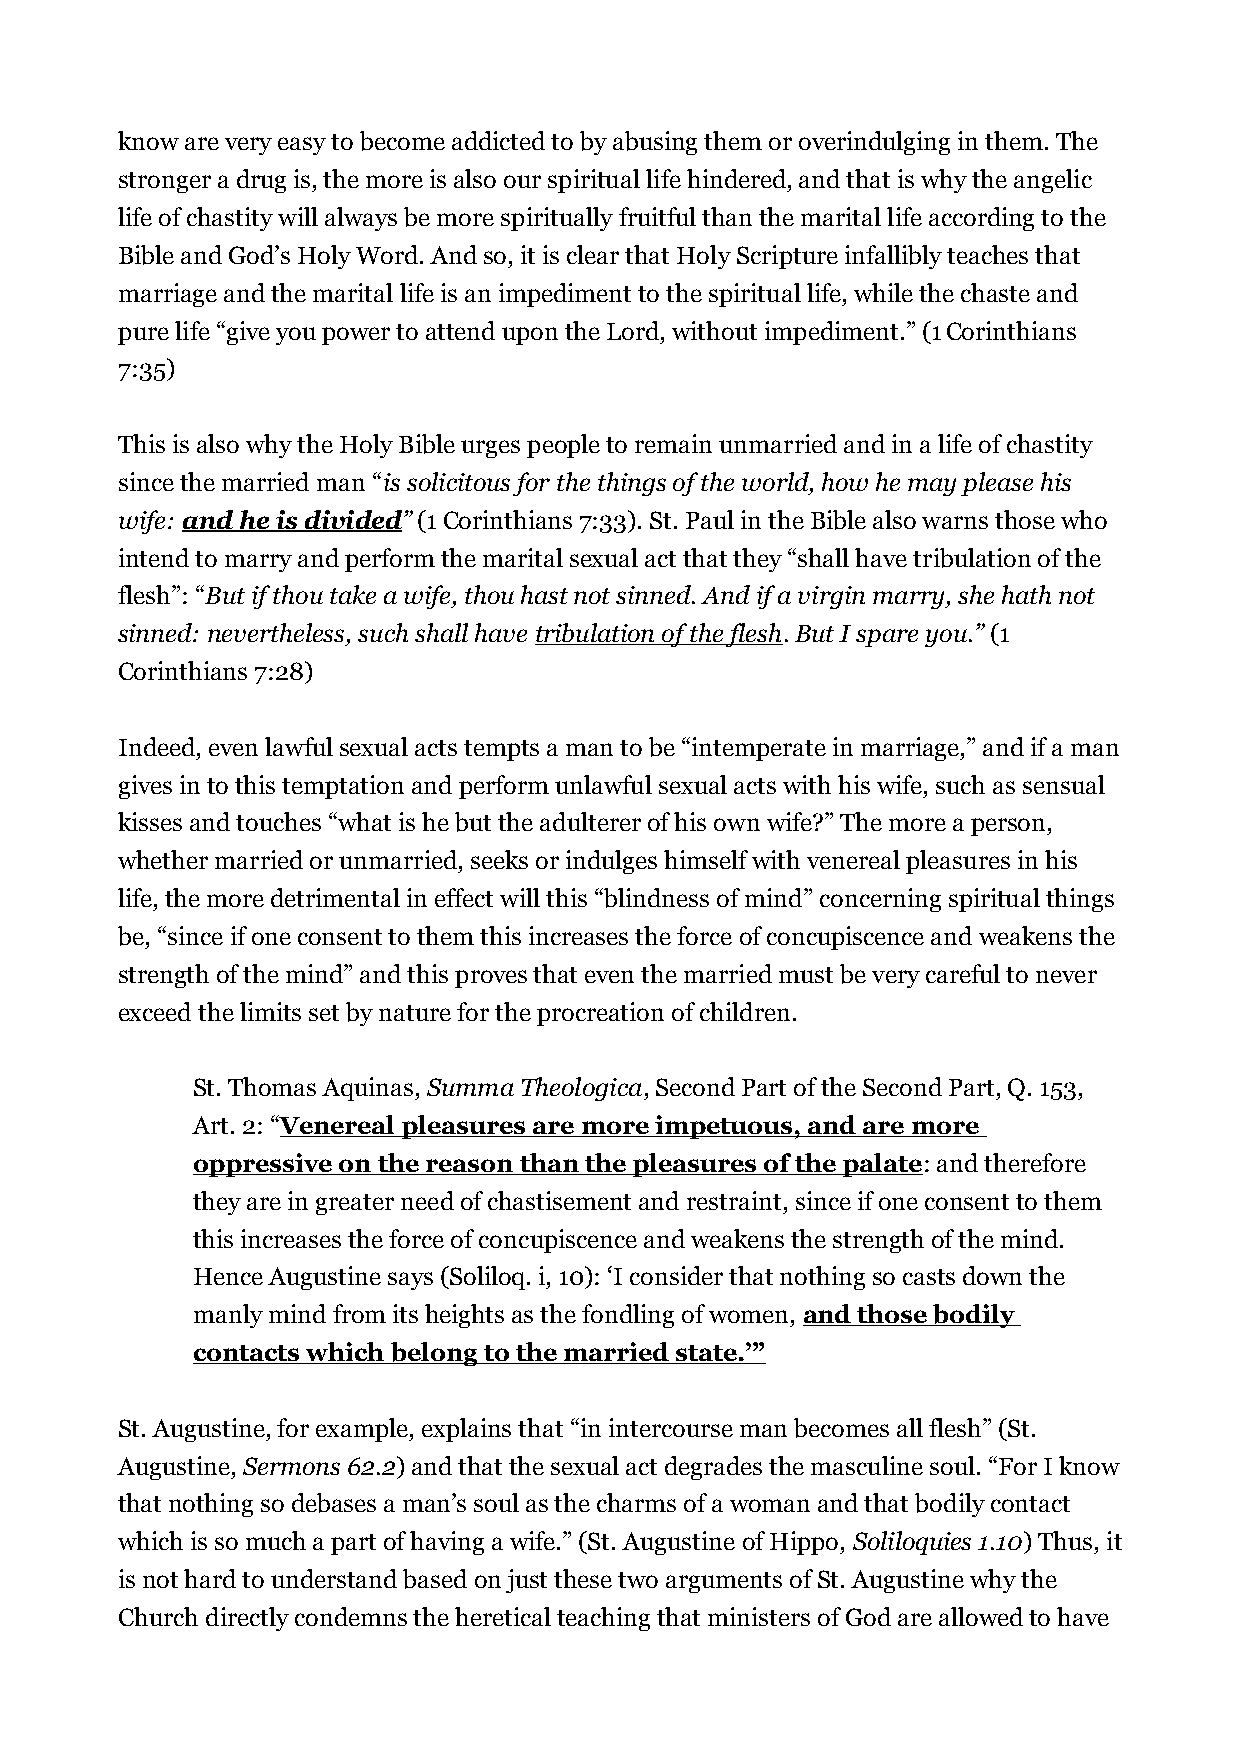
know are very easy to become addicted to by abusing them or overindulging in them. The
 stronger a drug is, the more is also our spiritual life hindered, and that is why the angelic
 life of chastity will always be more spiritually fruitful than the marital life according to the
 Bible and God’s Holy Word. And so, it is clear that Holy Scripture infallibly teaches that
 marriage and the marital life is an impediment to the spiritual life, while the chaste and
 pure life “give you power to attend upon the Lord, without impediment.” (1 Corinthians
 7:35)
 This is also why the Holy Bible urges people to remain unmarried and in a life of chastity
 since the married man “is solicitous for the things of the world, how he may please his
 wife: and he is divided” (1 Corinthians 7:33). St. Paul in the Bible also warns those who
 intend to marry and perform the marital sexual act that they “shall have tribulation of the
 flesh”: “But if thou take a wife, thou hast not sinned. And if a virgin marry, she hath not
 sinned: nevertheless, such shall have tribulation of the flesh. But I spare you.” (1
 Corinthians 7:28)
 Indeed, even lawful sexual acts tempts a man to be “intemperate in marriage,” and if a man
 gives in to this temptation and perform unlawful sexual acts with his wife, such as sensual
 kisses and touches “what is he but the adulterer of his own wife?” The more a person,
 whether married or unmarried, seeks or indulges himself with venereal pleasures in his
 life, the more detrimental in effect will this “blindness of mind” concerning spiritual things
 be, “since if one consent to them this increases the force of concupiscence and weakens the
 strength of the mind” and this proves that even the married must be very careful to never
 exceed the limits set by nature for the procreation of children.
 St. Thomas Aquinas, Summa Theologica, Second Part of the Second Part, Q. 153,
 Art. 2: “Venereal pleasures are more impetuous, and are more
 oppressive on the reason than the pleasures of the palate: and therefore
 they are in greater need of chastisement and restraint, since if one consent to them
 this increases the force of concupiscence and weakens the strength of the mind.
 Hence Augustine says (Soliloq. i, 10): ‘I consider that nothing so casts down the
 manly mind from its heights as the fondling of women, and those bodily
 contacts which belong to the married state.’”
 St. Augustine, for example, explains that “in intercourse man becomes all flesh” (St.
 Augustine, Sermons 62.2) and that the sexual act degrades the masculine soul. “For I know
 that nothing so debases a man’s soul as the charms of a woman and that bodily contact
 which is so much a part of having a wife.” (St. Augustine of Hippo, Soliloquies 1.10) Thus, it
 is not hard to understand based on just these two arguments of St. Augustine why the
 Church directly condemns the heretical teaching that ministers of God are allowed to have